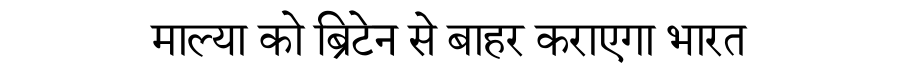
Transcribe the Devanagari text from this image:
माल्या को ब्रिटेन से बाहर कराएगा भारत